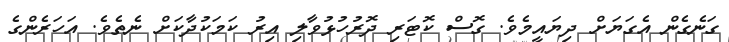
ގަނެގެން އެގަޔަށް ދިޔައީމެވެ. ގޮސް ކޮޓަރި ދޮރުހުޅުވާލި އިރު ކަމަކުދާކަށް ނެތެވެ. އަހަރެންގެ